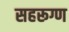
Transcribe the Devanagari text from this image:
सहरूग्ण